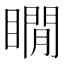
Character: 瞯